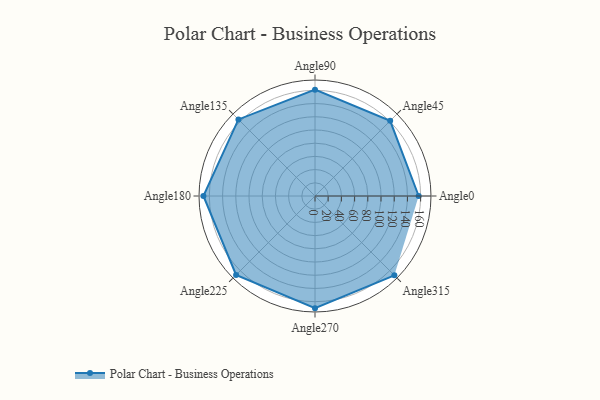
{"axis": {"x": "Angle", "y": "Radius"}, "legend": [""], "data": [{"x": "Angle0", "y": 157.0, "type": ""}, {"x": "Angle45", "y": 161.0, "type": ""}, {"x": "Angle90", "y": 161.0, "type": ""}, {"x": "Angle135", "y": 164.0, "type": ""}, {"x": "Angle180", "y": 169.0, "type": ""}, {"x": "Angle225", "y": 169.0, "type": ""}, {"x": "Angle270", "y": 170, "type": ""}, {"x": "Angle315", "y": 170.0, "type": ""}]}